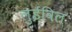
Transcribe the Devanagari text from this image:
लुईविल